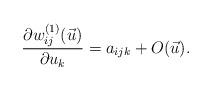
LaTeX: \begin{align*}\frac{\partial w_{ij}^{(1)}(\vec{u})}{\partial u_k}=a_{ijk} +O(\vec{u}).\end{align*}